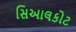
સિઆલકોટ